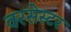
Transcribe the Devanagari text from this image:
वरसेस्टर